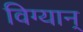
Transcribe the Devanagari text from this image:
विग्यान्